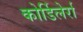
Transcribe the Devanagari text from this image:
कोर्डिलेर्रा